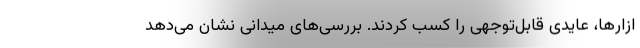
ازارها، عایدی قابل‌توجهی را کسب کردند. بررسی‌های میدانی نشان می‌دهد